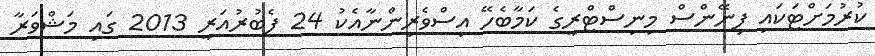
ކުރުމަށްޓަކައި ފިނޭންސް މިނިސްޓްރީގެ ކަމާބެހޭ އިސްވެރިންނާއެކު 24 ފެބުރުއަރީ 2013 ގައި މަޝްވަރާ